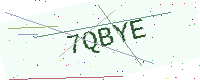
Text: 7QBYE